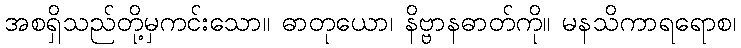
အစရှိသည်တို့မှကင်းသော။ ဓာတုယော၊ နိဗ္ဗာနဓာတ်ကို။ မနသိကာရရောစ၊